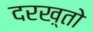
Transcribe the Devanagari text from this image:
दरख़्तो